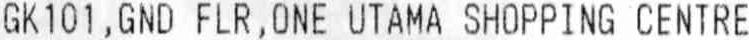
GK101,GND FLR,ONE UTAMA SHOPPING CENTRE